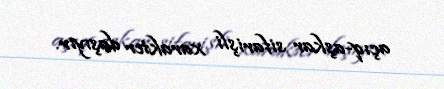
açıq-aşkar sifarişli xarakter daşıyır.